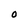
Character: O